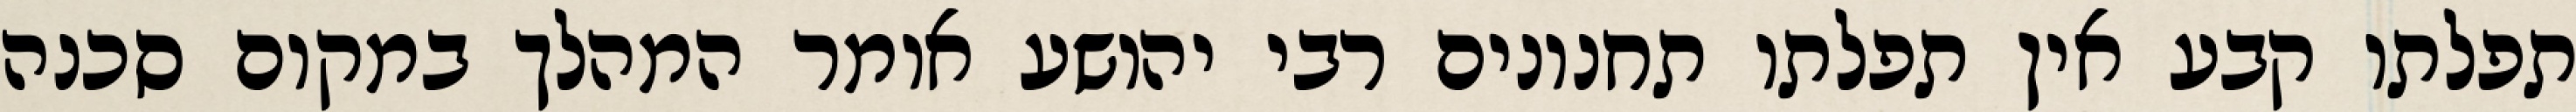
תפלתו קבע אין תפלתו תחנונים רבי יהושע אומר המהלך במקום סכנה